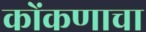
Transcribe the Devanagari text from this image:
कोंकणाचा